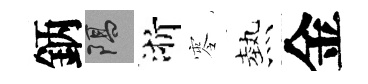
鈵隔浙零熱金